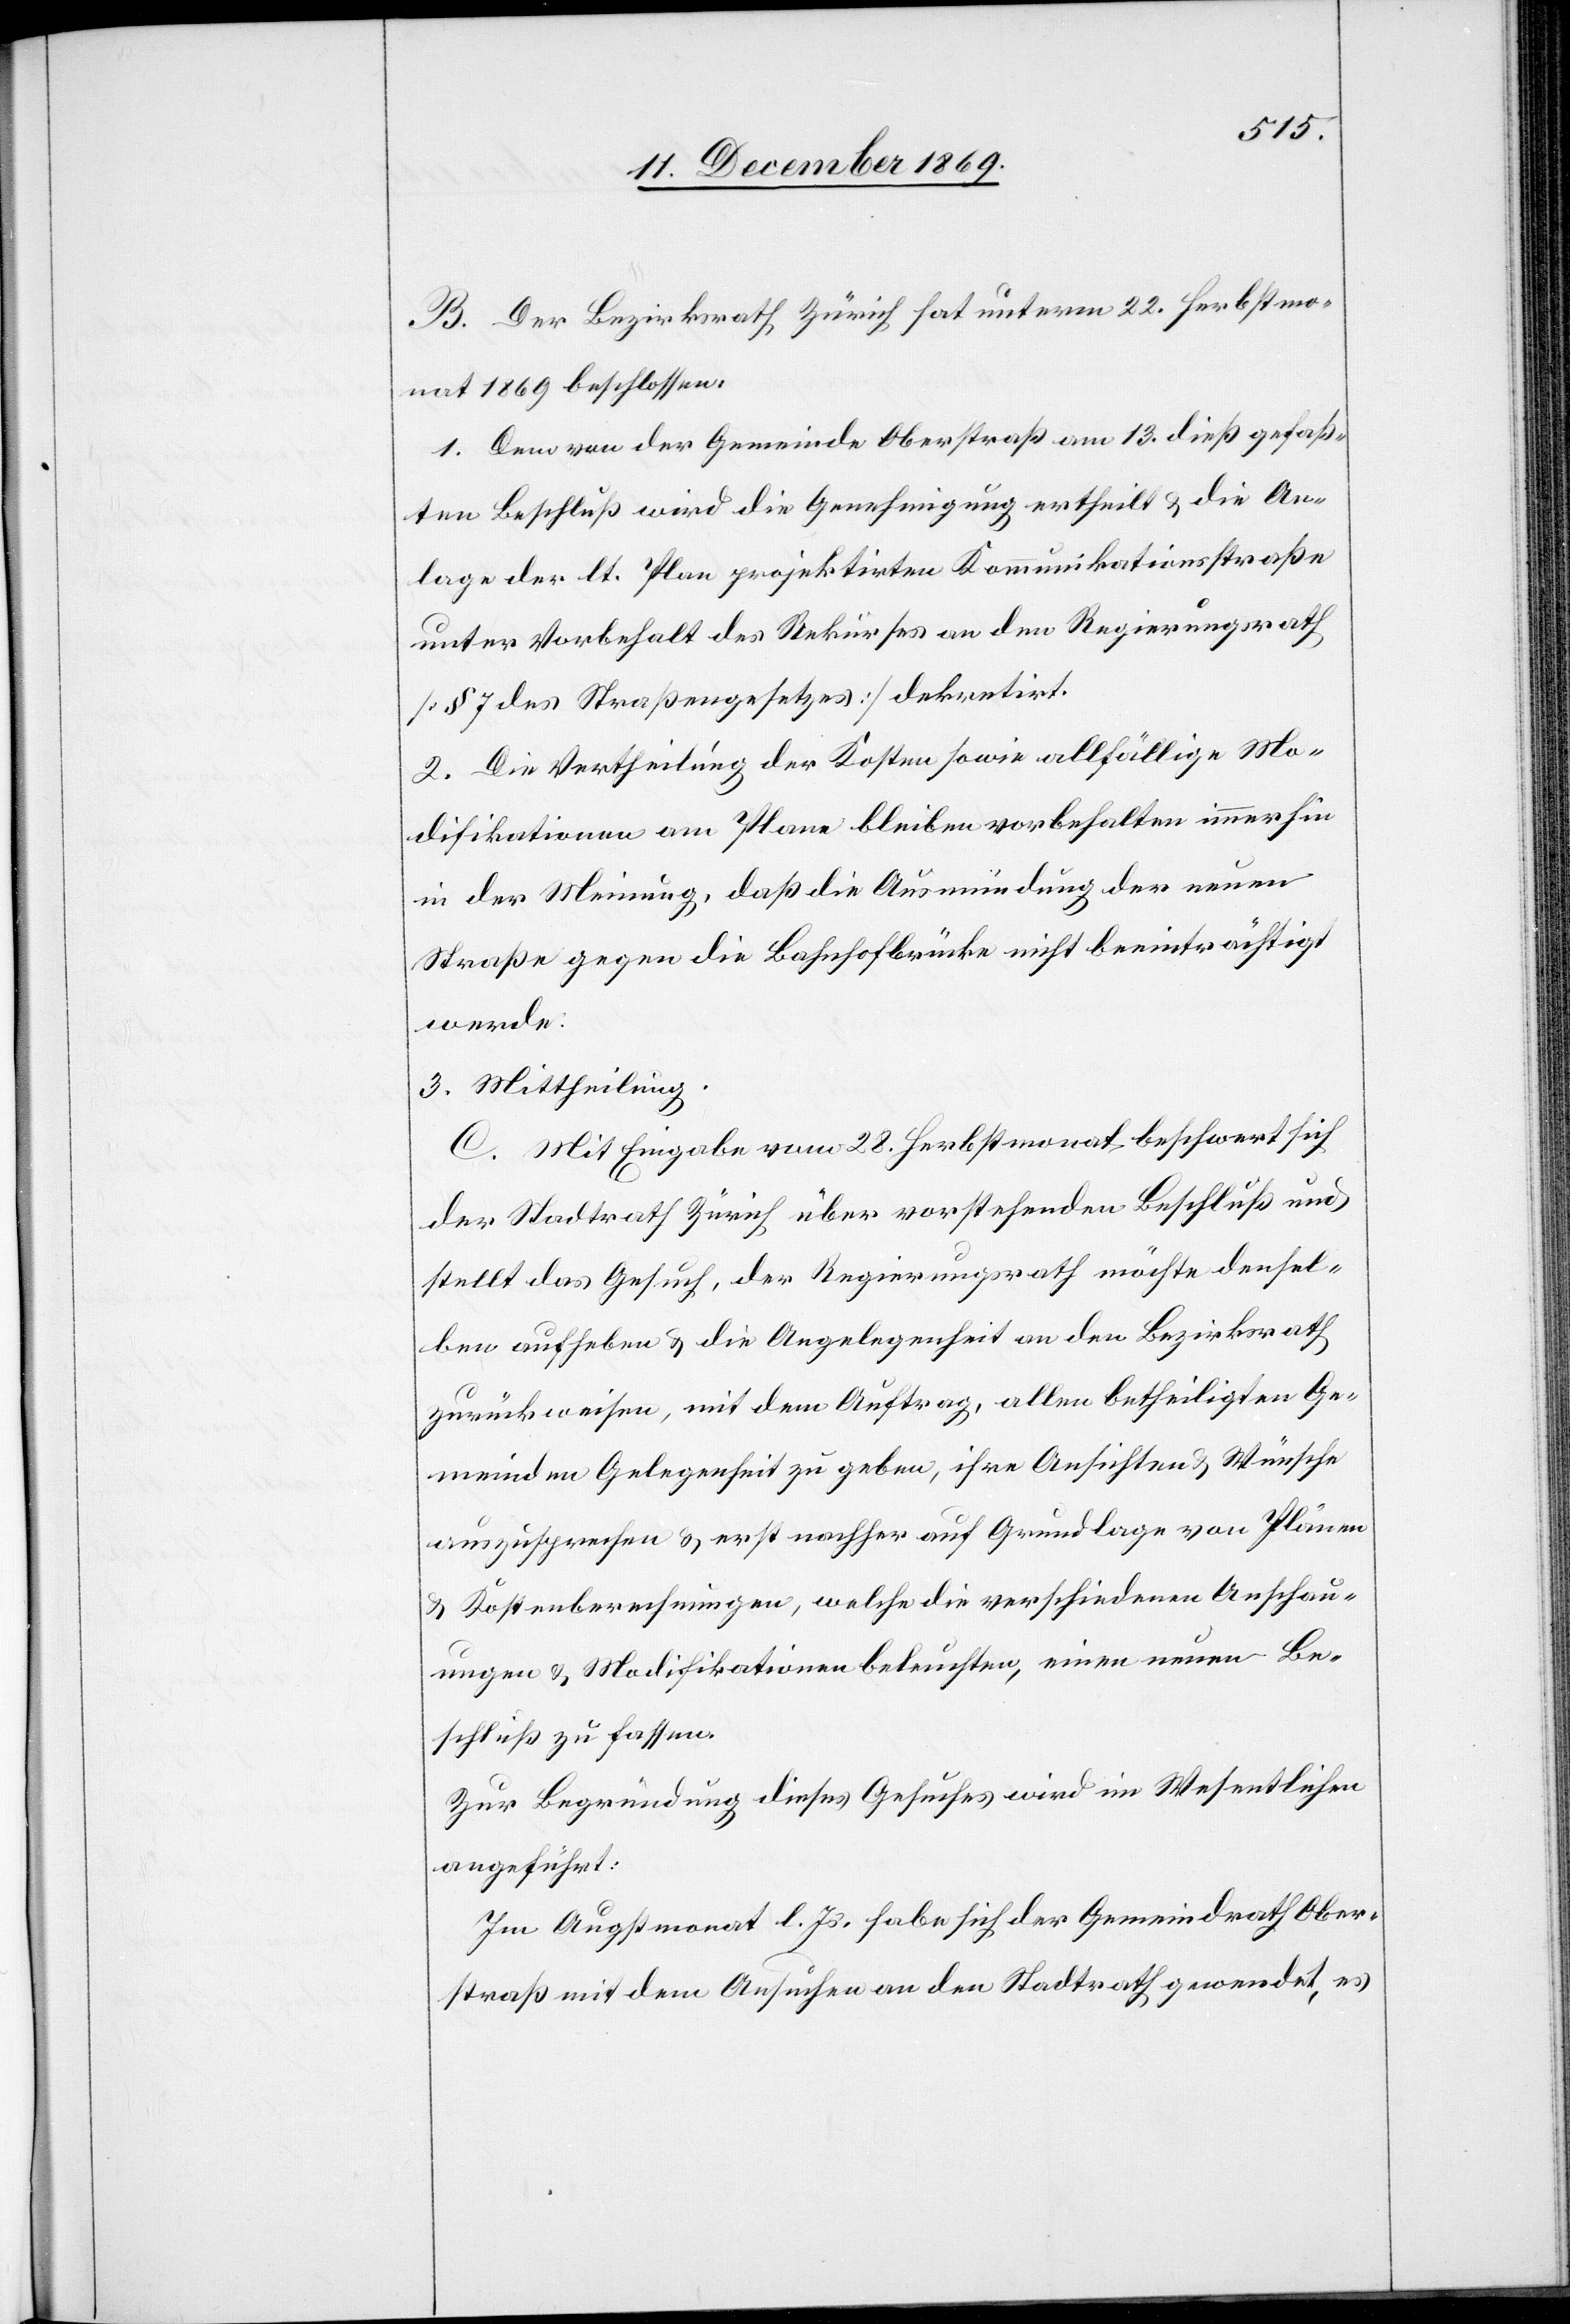
B. Der Bezirksrath Zürich hat unterm 22. Herbstmo¬
nat 1869 beschlossen:
1. Dem von der Gemeinde Oberstraß am 13. dieß gefaß¬
ten Beschluß wird die Genehmigung ertheilt & die An¬
lage der lt. Plan projektirten Kommunikationsstraße
unter Vorbehalt des Rekurses an den Regierungsrath
[§ 7 des Straßengesetzes] dekretirt.
2. Die Vertheilung der Kosten sowie allfällige Mo¬
difikationen am Plane bleiben vorbehalten immerhin
in der Meinung, daß die Ausmündung der neuen
Straße gegen die Bahnhofbrücke nicht beeinträchtigt
werde.
3. Mittheilung.
C. Mit Eingabe vom 28. Herbstmonat beschwert sich
der Stadtrath Zürich über vorstehenden Beschluß und
stellt das Gesuch, der Regierungsrath möchte densel¬
ben aufheben & die Angelegenheit an den Bezirksrath
zurückweisen, mit dem Auftrag, allen betheiligten Ge¬
meinden Gelegenheit zu geben, ihre Ansichten & Wünsche
auszusprechen & erst nachher auf Grundlage von Plänen
& Kostenberechnungen, welche die verschiedenen Anschau¬
ungen & Modifikationen beleuchten, einen neuen Be¬
schluß zu fassen.
Zur Begründung dieses Gesuches wird im Wesentlichen
angeführt:
Im Augstmonat l. Js. habe sich der Gemeindrath Ober¬
straß mit dem Ansuchen an den Stadtrath gewendet, es